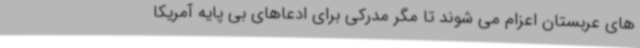
های عربستان اعزام می شوند تا مگر مدرکی برای ادعاهای بی پایه آمریکا